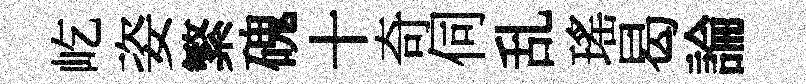
屹姿繁磈十奇伺乱瑤曷論